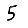
Digit: 5